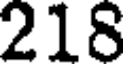
218